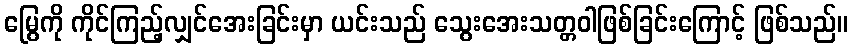
မြွေကို ကိုင်ကြည့်လျှင်အေးခြင်းမှာ ယင်းသည် သွေးအေးသတ္တဝါဖြစ်ခြင်းကြောင့် ဖြစ်သည်။